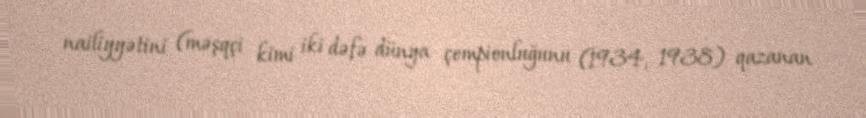
nailiyyətini (məşqçi kimi iki dəfə dünya çempionluğunu (1934, 1938) qazanan